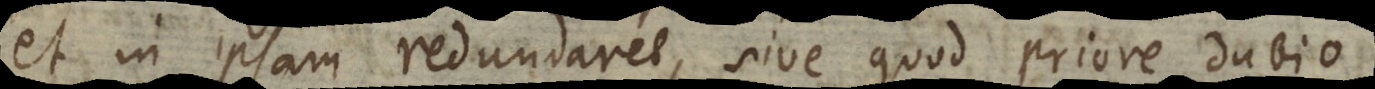
et in ipsam redundaret, sive quod priore dubio